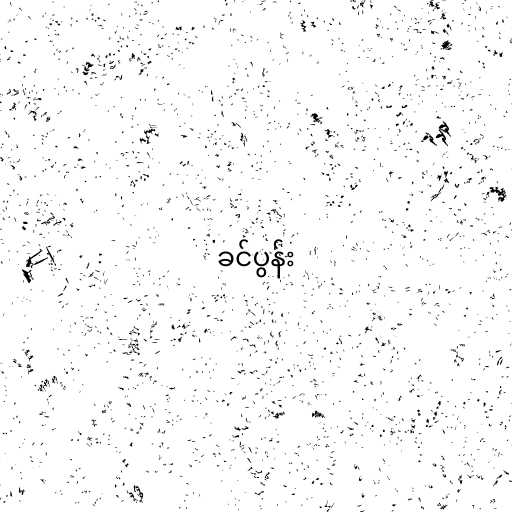
ခင်ပွန်း